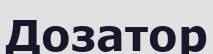
Дозатор